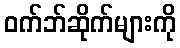
ဝက်ဘ်ဆိုက်များကို